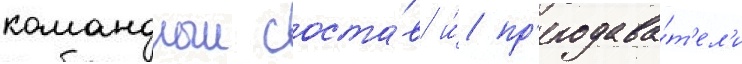
командныи соста́в и́ пр'еподава́т'ел'и